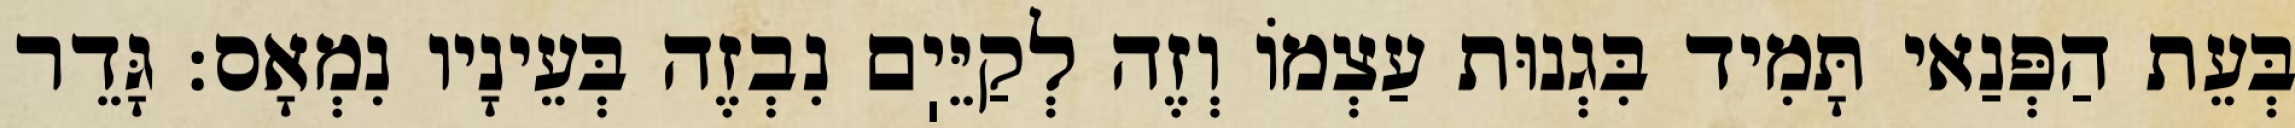
בְּעֵת הַפְּנַאי תָּמִיד בִּגְנוּת עַצְמוֹ וְזֶה לְקַיֵּיֽם נִבְזֶה בְּעֵינָיו נִמְאָס: גָּדֵר